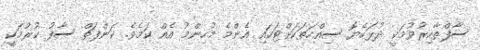
ސާފްތާހިރުވުމަކީ ދުޅަހެޔޮ ސިއްހަތަކަށްޓަކައި އެންމެ މުހިންމު އެއް ކަމެވެ. ކަންފަތް ސާފު ކުރުމަކީ